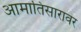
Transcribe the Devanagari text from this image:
आमातिसारावर